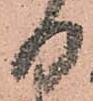
日